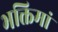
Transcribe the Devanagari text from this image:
भक्तिमां